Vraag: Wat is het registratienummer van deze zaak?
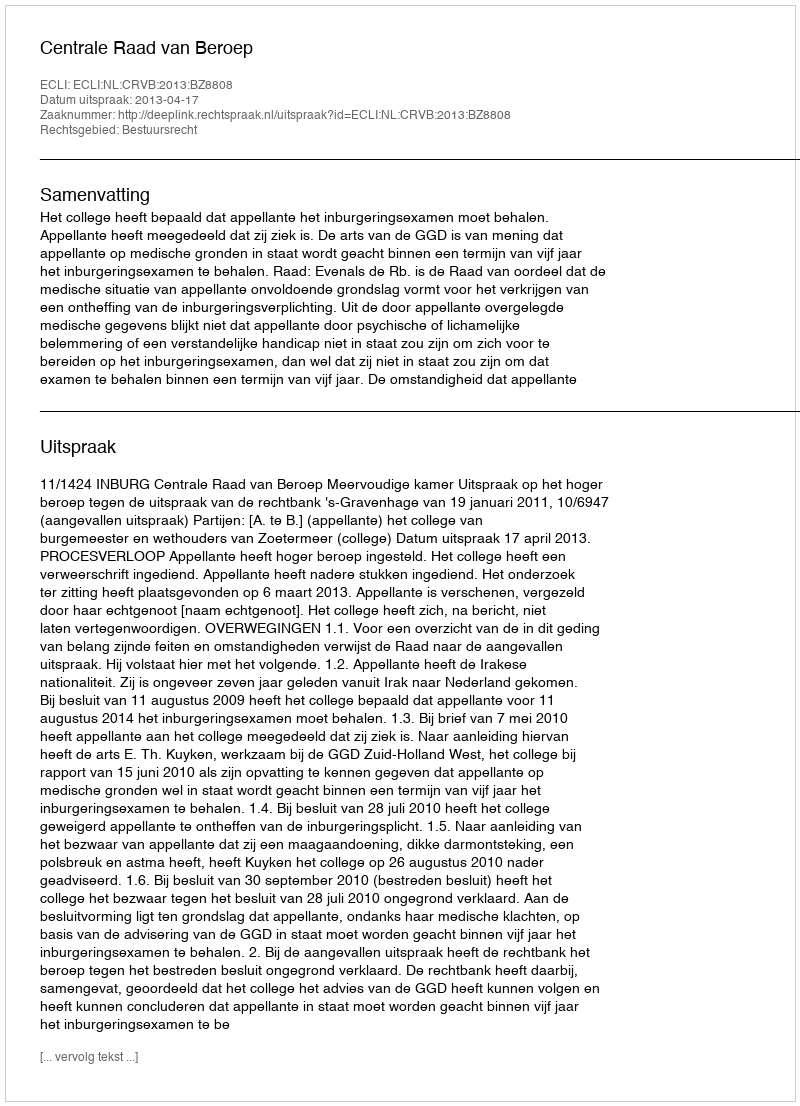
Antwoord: http://deeplink.rechtspraak.nl/uitspraak?id=ECLI:NL:CRVB:2013:BZ8808